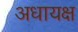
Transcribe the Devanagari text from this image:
अधायक्ष